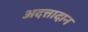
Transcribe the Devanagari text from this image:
अदत्तादान